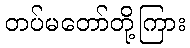
တပ်မတော်တို့ကြား